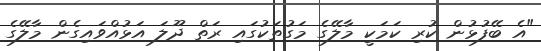
"އެ ބޭފުޅުން ކުރި ކަމަކީ މާލޭގެ މަގުތަކުގައި ރަތް ދޫލަ އަޅުއްވައިގެން މާލޭގެ